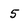
Character: 5